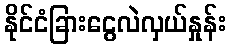
နိုင်ငံခြားငွေလဲလှယ်နှုန်း